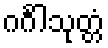
ဂင်္ဂါသုတ္တံ